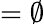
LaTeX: =\emptyset